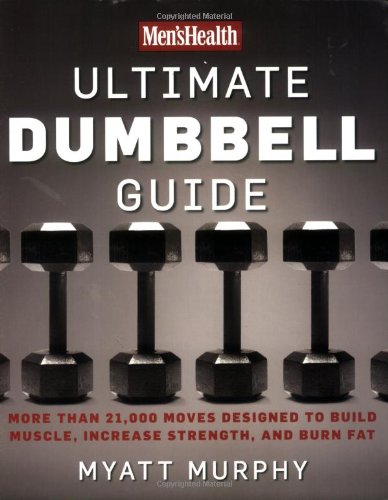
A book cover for Men's Health Ultimate Dumbbell Guide: More Than 21,000 Moves Designed to Build Muscle, Increase Strength, and Burn Fat; Myatt Murphy; Health, Fitness & Dieting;